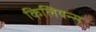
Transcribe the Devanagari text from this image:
किलियन्स